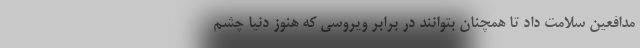
مدافعین سلامت داد تا همچنان بتوانند در برابر ویروسی که هنوز دنیا چشم